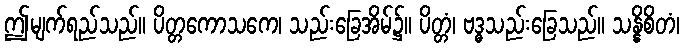
ဤမျက်ရည်သည်။ ပိတ္တကောသကေ၊ သည်းခြေအိမ်၌။ ပိတ္တံ၊ ဗဒ္ဓသည်းခြေသည်။ သန္နိစိတံ၊